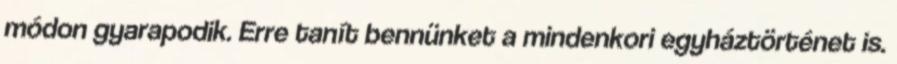
módon gyarapodik. Erre tanít bennünket a mindenkori egyháztörténet is.